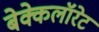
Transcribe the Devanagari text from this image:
बेक्केलॉरेट